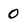
Character: 0